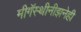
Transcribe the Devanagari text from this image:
मीगॅस्थीनीझनेही